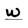
Character: w